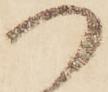
つ